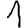
Digit: 1